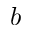
b